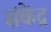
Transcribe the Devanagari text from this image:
संकेंद्र